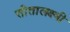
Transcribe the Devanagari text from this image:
सीतालक्ष्मी